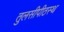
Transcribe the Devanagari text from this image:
तुलसीपीठस्थ